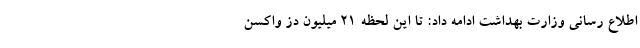
اطلاع رسانی وزارت بهداشت ادامه داد: تا این لحظه ۲۱ میلیون دز واکسن